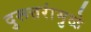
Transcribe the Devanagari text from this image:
दुरूत्तरांमुळे